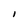
Character: I